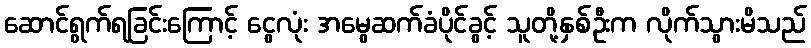
ဆောင်ရွက်ရခြင်းကြောင့် ငွေလုံး အမွေဆက်ခံပိုင်ခွင့် သူတို့နှစ်ဦးက လိုက်သွားမိသည်